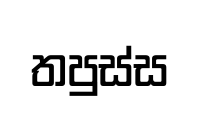
තපුස්ස